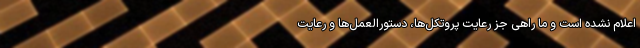
اعلام نشده است و ما راهی جز رعایت پروتکل‌ها، دستورالعمل‌ها و رعایت